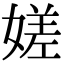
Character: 嫅